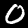
Label: 0